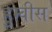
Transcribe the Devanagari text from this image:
हुम्वीस